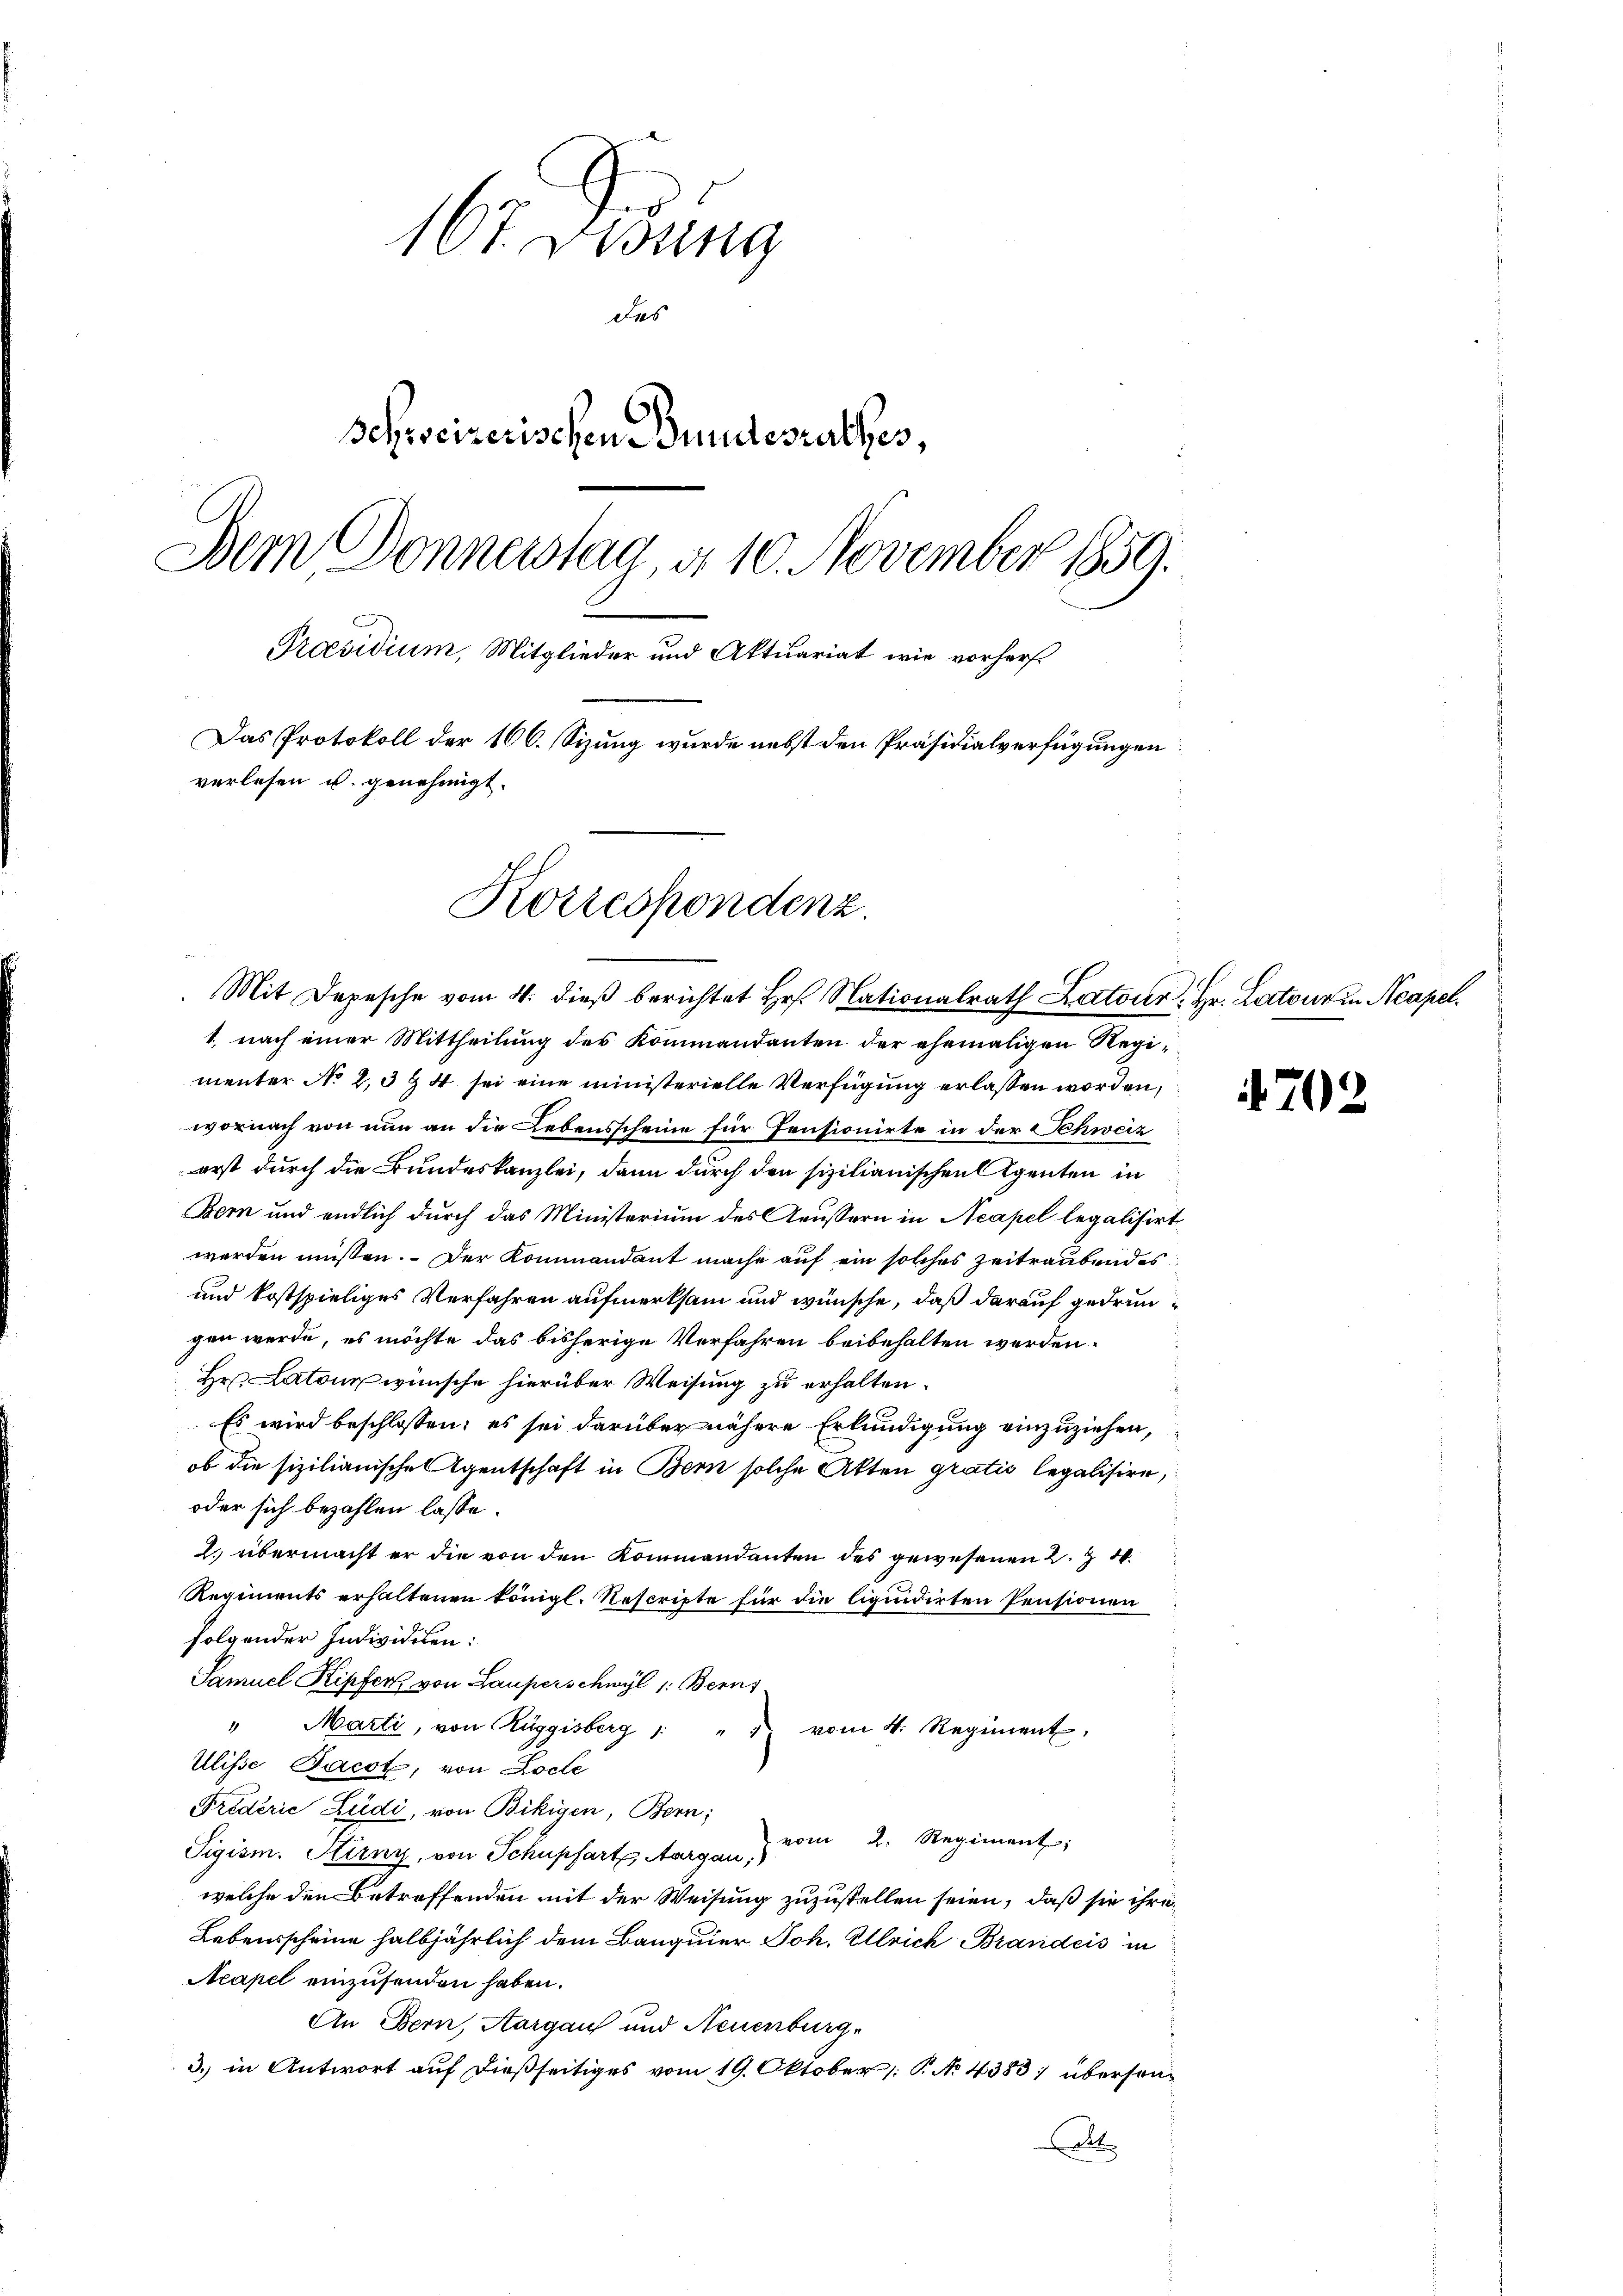
167. Didung
des
Schweizerischen Bundesrathes,
Dem Donnerstag, d. 10. November 1859.
Praesidium, Mitglieder und Aktuariat wie vorhers
Das Protokoll der 100. Sizung wurde nebst den Präsidialverfügungen
verlesen u. genehmigt.
Korrespondenz.

Mit Depesche vom 4. dieß berichtet Hr. Nationalrath Latour, Hr. Latour in Neapel.
1., nach einer Mittheilung des Kommandanten der ehemaligen Regi¬

menter No 2, 3 § 4 sei eine ministerielle Verfügung erlassen worden,
wornach von nun an die Lebensscheine für Pensionirte in der Schweiz
erst durch die Bundeskanzlei, dann durch den sizilianischen Agenten in
Bern und endlich durch das Ministerium des Aeussern in Neapel legalisirt
werden müssen. Der Kommandant mache auf ein solches zeitraubendes
und kostspieliges Verfahren aufmerksam und wünsche, daß darauf gedrungen werde, es möchte das bisherige Verfahren beibehalten werden.
Hr. Latone wünsche hierüber Weisung zu erhalten.
Es wird beschlossen; es sei darüber nähere Erkundigung einzuziehen,
ob die sizilianische Agentschaft in Bern solche Akten gratis legalisire,
oder sich bezahlen lasse.
l. übermacht er die von den Kommandanten des gewesenen 2. Z
Regiments erhaltenen königl. Rescripte für die liquidirten Pensionen
folgender Individuen:
Samuel Kipfer von Lauperschwyl 1: Berns
" Marti, von Rüggisberg 1 " " vom 4. Regiment,
Ulisse Jacot, von Loche
Frédérić Ludi, von Bikigen, Bern;
vom 2. Regiment,
Sigism. Hirny, von Schupfart Aargau,
welche den Betreffenden mit der Weisung zuzustellen seien, daß sie ihre
Lebensscheine halbjährlich dem Banquier Joh. Alleich Brandeis in
Acapel einzusenden haben.
An Bern, Aargau und Neuenburg,
3.) in Antwort auf dießseitiges vom 19. Oktober /: P. No 4383; überson¬
Des

702